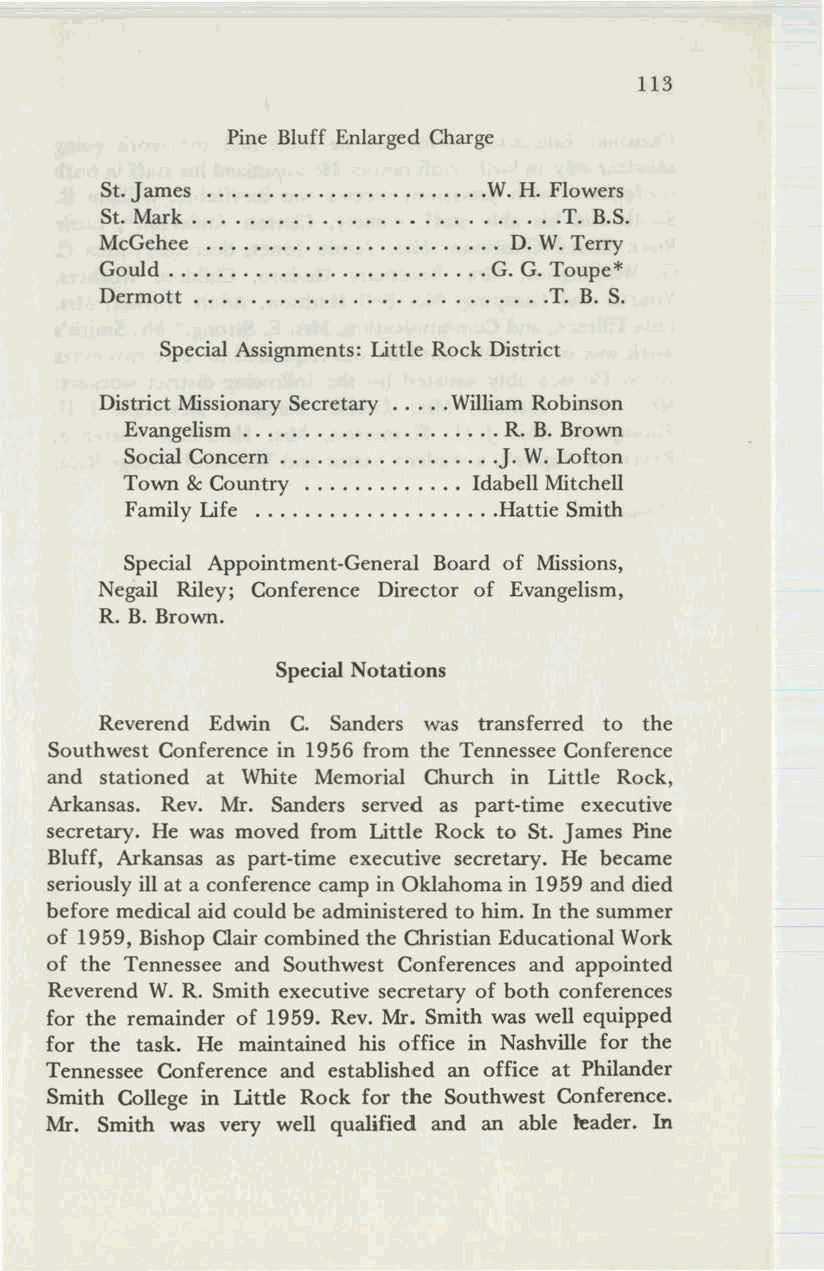
113
 Pine Bluff Enlarged Charge
 St. James                W. H. Flowers
 St. Mark                      T. B.S.
 McGehee                    D. W.Terry
 Gould                    G. G. Toupe*
 Dermott                      T. B. S.
 Special Assignments: Little Rock District
 District Missionary Secretary William Robinson
 Evangelism               R. B. Brown
 Social Concern           J. W. Lofton
 Town & Country         Idabell Mitchell
 Family Life              Hattie Smith
 Special Appointment-General Board of Missions,
 Negail Riley; Conference Director of Evangelism,
 R. B. Brown.
 Special Notations
 Reverend Edwin C. Sanders was transferred to the
 Southwest Conference in 1956 from the Tennessee Conference
 and stationed at White Memorial Church in Little Rock,
 Arkansas. Rev. Mr. Sanders served as part-time executive
 secretary. He was moved from Little Rock to St. James Pine
 Bluff, Arkansas as part-time executive secretary. He became
 seriously ill at a conference camp in Oklahomain 1959 and died
 before medical aid could be administered to him. In the summer
 of 1959, Bishop Clair combined the Christian Educational Work
 of the Tennessee and Southwest Conferences and appointed
 Reverend W. R. Smith executive secretary of both conferences
 for the remainder of 1959. Rev. Mr. Smith was well equipped
 for the task. He maintained his office in Nashville for the
 Tennessee Conference and established an office at Philander
 Smith College in Little Rock for the Southwest Conference.
 Mr. Smith was very well qualified and an able beader. In